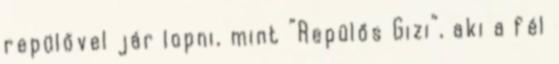
repülővel jár lopni, mint “Repülős Gizi”, aki a fél